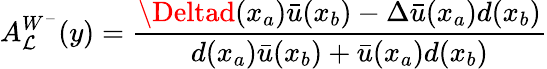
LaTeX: A_{\mathcal{L}}^{W^{-}}(y)={\frac{{\Deltad(x_{a})\bar{{u}}(x_{b})-\Delta\bar{{u}}(x_{a})d(x_{b})}}{{d(x_{a})\bar{{u}}(x_{b})+\bar{{u}}(x_{a})d(x_{b})}}}